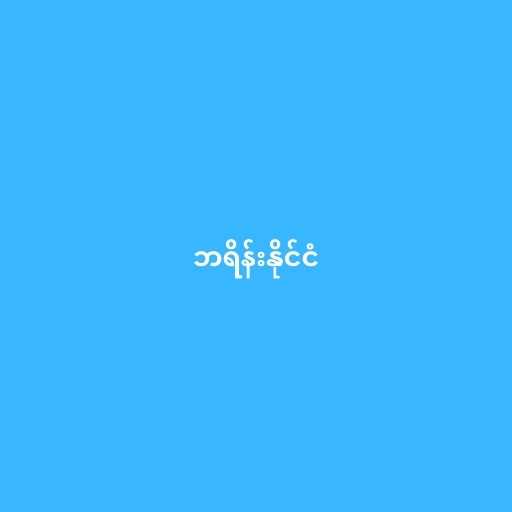
ဘရိန်းနိုင်ငံ